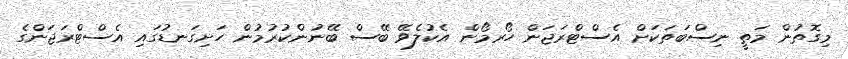
މިގޮތުން މަތީ ނިސްބަތަކަށް އެސްޓްރަޖަން ހޯރމޯން އެކުލެވޭ ބޭސް ބޭނުންކުރުމުން ހަށިގަނޑުގައި އެސްޓްރަޖަންގެ